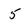
Character: 5